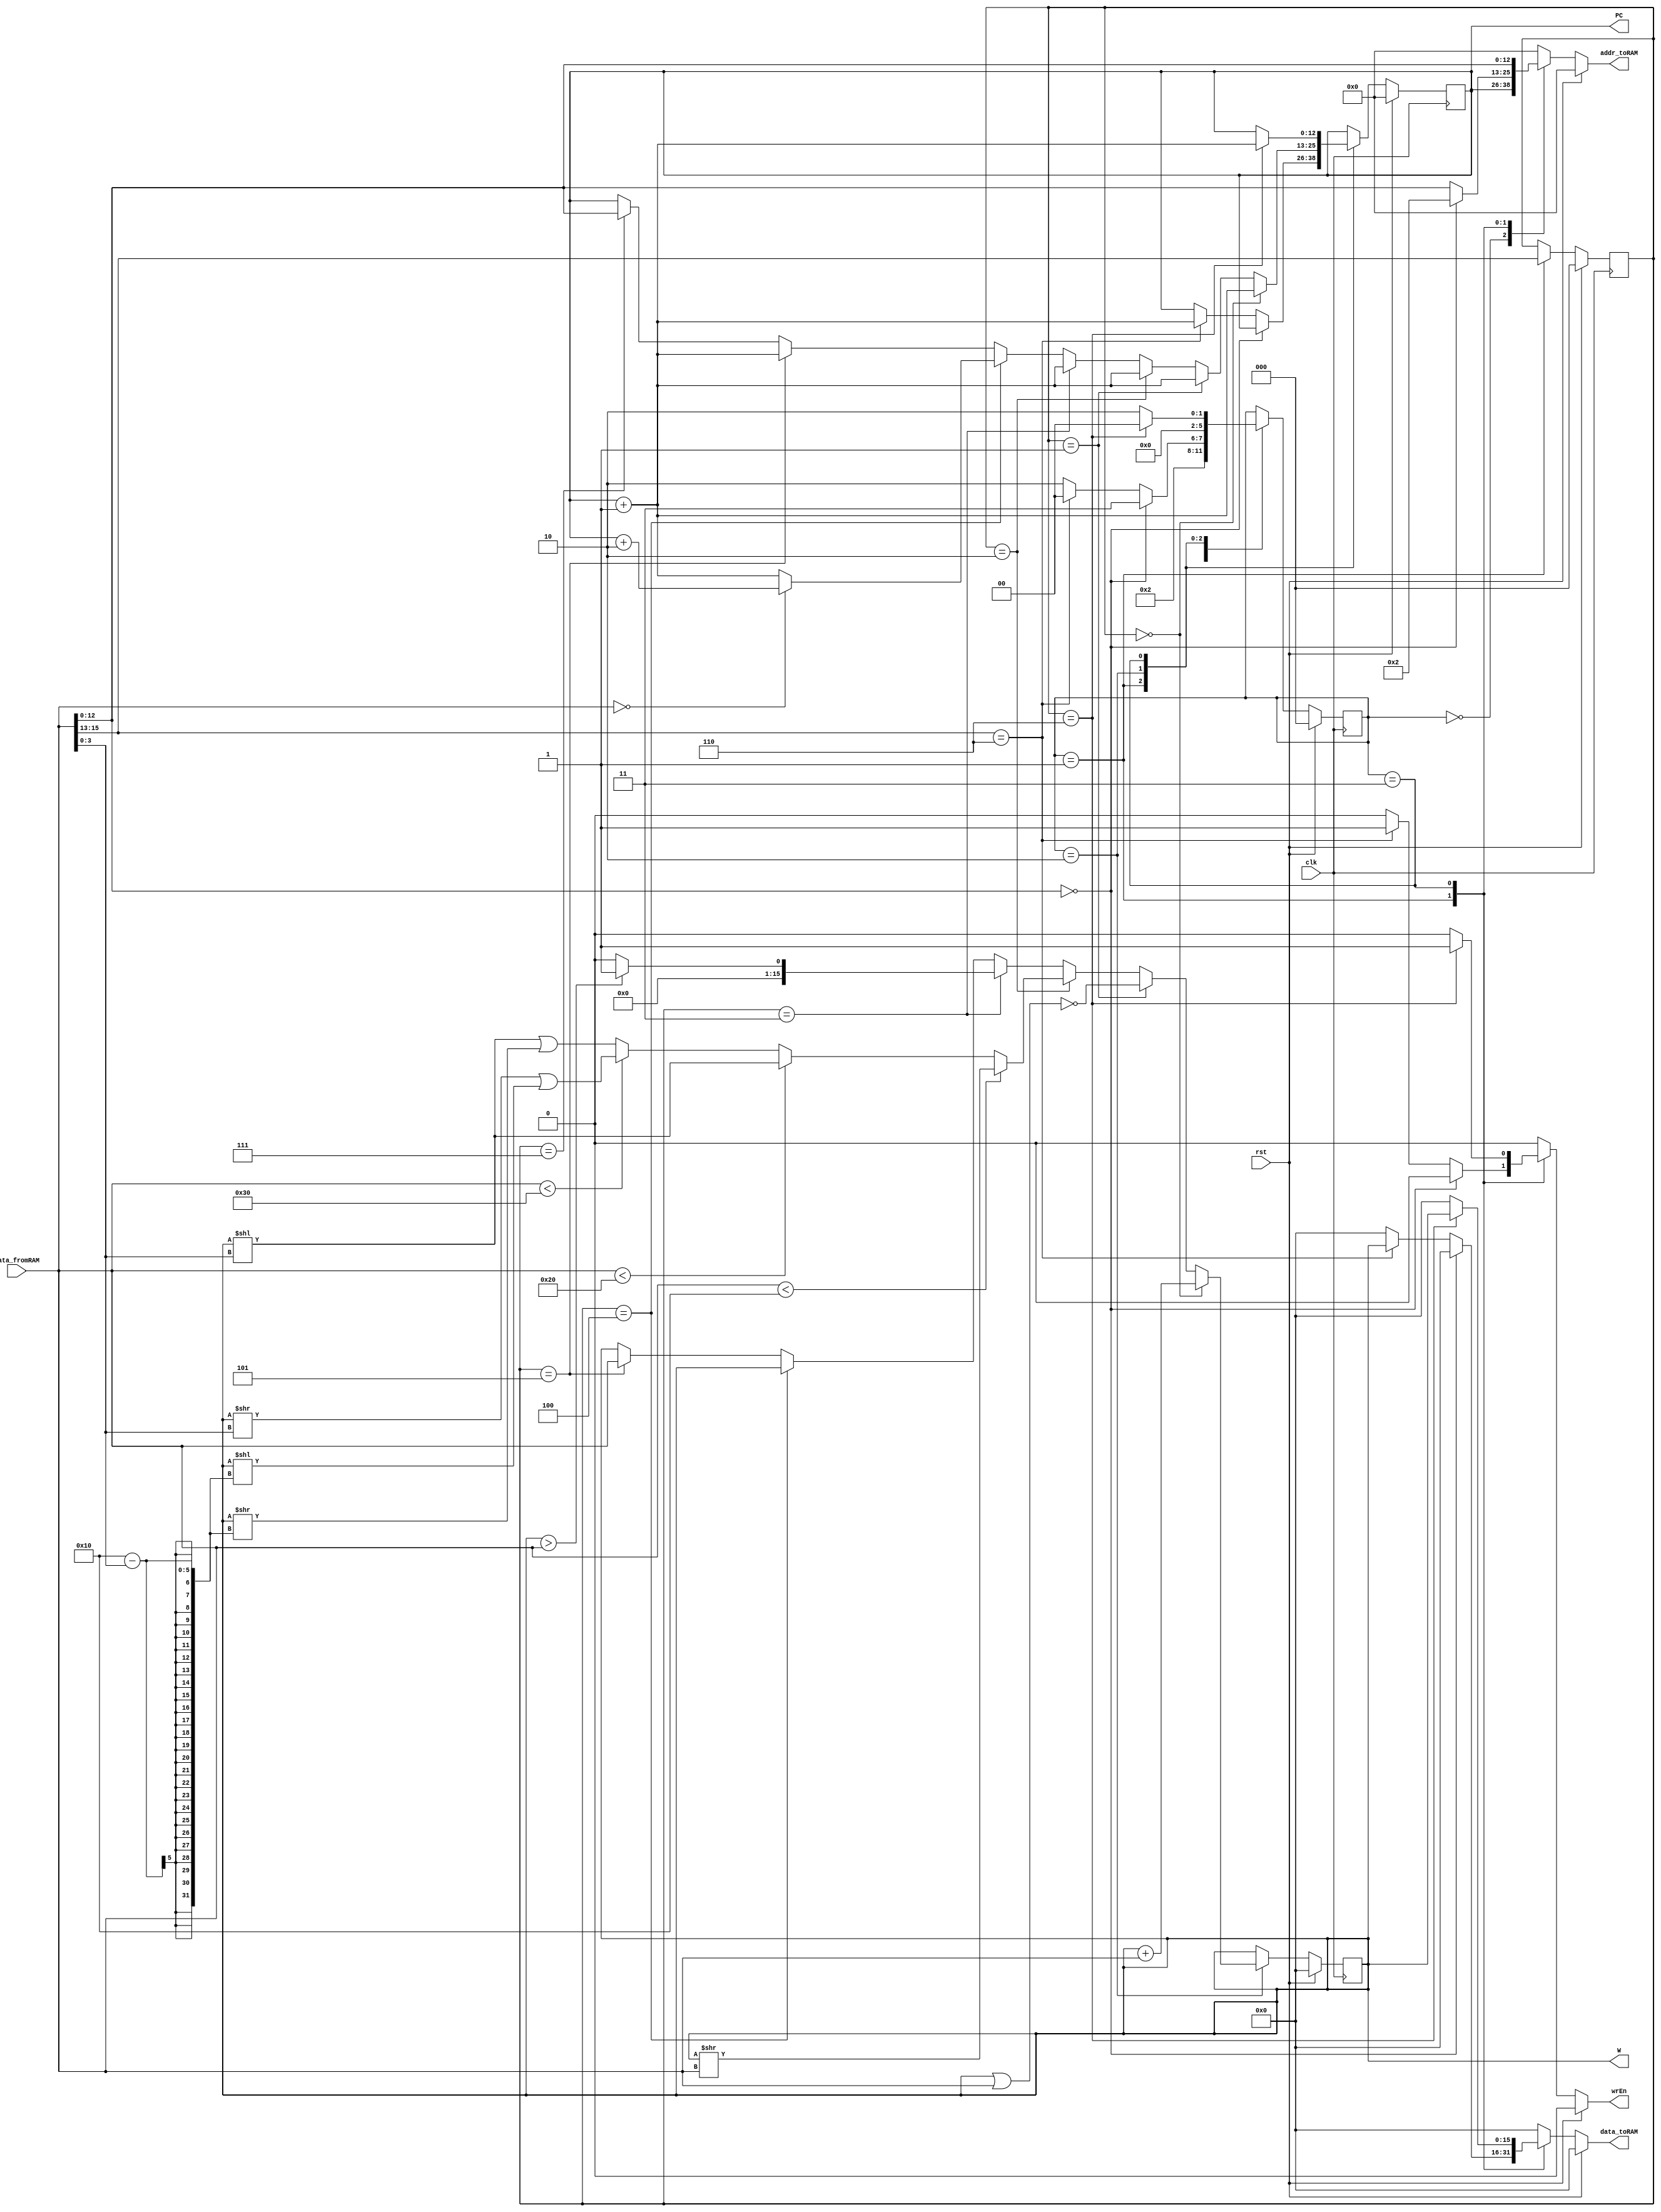
// ProjectCPU 2020
// ABDULLAH SAYDEMIR
//      S014646
//       CS 240
//    Submitted to
//   FATIH UGURDAG

`timescale 1ns / 1ps
module projectCPU2020(
  clk,
  rst,
  wrEn,
  data_fromRAM,
  addr_toRAM,
  data_toRAM,
  PC,
  W
);

input clk, rst;

input wire[15:0] data_fromRAM;
output reg [15:0] data_toRAM;
output reg wrEn;

// 12 can be made smaller so that it fits in the FPGA
output reg [12:0] addr_toRAM;
output reg [12:0] PC; // This has been added as an output for TB purposes
output reg [15:0] W; // This has been added as an output for TB purposes

reg [2:0] state, stateNext;
reg [12:0] PCNext;
reg [2:0] inst, instNext;
reg [15:0] WNext;
//reg [3:0] rot, rotNext;


always @(posedge clk) begin
	state <= #1 stateNext;
	PC    <= #1 PCNext;
	inst  <= #1 instNext;
	W     <= #1 WNext;
	//rot   <= #1 rotNext;

end

always @(*) begin
		stateNext  = state;
		PCNext     = PC;
		instNext   = inst;
		WNext      = W;
		wrEn       = 0;
		addr_toRAM = 0;
		data_toRAM = 0;
		//rotNext    = rot;
		
	if (rst) begin
		stateNext  = 0;
		PCNext     = 0;
		instNext   = 0;
		WNext      = 0;
		wrEn       = 0;
		addr_toRAM = 0;
		data_toRAM = 0;
	//	rotNext    = 0;
		
	end else begin
		case (state)
			0: begin
				PCNext     = PC;
				instNext   = inst;
				addr_toRAM = PC;
				WNext      = W;
				wrEn       = 0;
				data_toRAM = 0;
				stateNext  = 1;
				//rotNext    = rot;
				
			
			end
			1: begin
			
				instNext   = data_fromRAM[15:13];
				addr_toRAM = data_fromRAM[12:0];
				//rotNext    = rot;
				WNext      = W;
				if (data_fromRAM[12:0] == 13'b0000000000000) begin
					addr_toRAM = 13'b0000000000010;
					data_toRAM = 0;
					wrEn       = 0;
					PCNext     = PC;
					stateNext  = 3;
				end else begin
				
					if (instNext == 3'b110) begin
						data_toRAM = W;
						wrEn       = 1;
						PCNext     = PC + 1;
						stateNext  = 0;
					
					end else begin
						data_toRAM = 0;
						wrEn       = 0;
						PCNext     = PC;
						stateNext  = 2;
					
					end
				end
			end
			2: begin
				//rotNext    = data_fromRAM[3:0];
				stateNext  = 0;
				wrEn       = 0;
				data_toRAM = 0;
				addr_toRAM = 0;
				instNext   = inst;
				if (instNext == 3'b000) begin
					
					WNext      = W + data_fromRAM;
					PCNext     = PC + 1;
				
				end else if (instNext == 3'b001) begin
					
					WNext      = (~( W | data_fromRAM));
					PCNext     = PC + 1;
				end else if (instNext == 3'b010) begin
					
					if (data_fromRAM < 16) begin
						WNext = W >> data_fromRAM;
					end else if (data_fromRAM < 32) begin
						WNext = W << (data_fromRAM[3:0]);
					end else if (data_fromRAM < 48) begin
							WNext = ((W >> data_fromRAM[3:0]) | (W << (16- data_fromRAM[3:0])));
					end else begin
						WNext = ((W << data_fromRAM[3:0]) | (W >> (16- data_fromRAM[3:0])));
					end
					PCNext     = PC + 1;
				end else if (instNext == 3'b011) begin
					
					WNext  = (W > data_fromRAM) ? 1 : 0;
					PCNext = PC + 1;
				
				end else if (instNext == 3'b100) begin
					
					PCNext = (data_fromRAM == 0) ? (PC+2) : (PC+1);
					WNext  = W;
					
				end else if (instNext == 3'b101) begin
					
					WNext  = data_fromRAM;
					PCNext = PC + 1;
				
				end else if (instNext == 3'b111) begin
					
					PCNext = data_fromRAM[12:0];
					WNext  = W;
					
				end
			end
			
			3: begin
				
				addr_toRAM = data_fromRAM;
				instNext   = inst;
				WNext      = W;
				//rotNext    = rot;
				if (instNext == 3'b110) begin
					data_toRAM = W;
					wrEn       = 1;
					PCNext     = PC + 1;
					stateNext  = 0;
				end else begin
					PCNext     = PC;
					data_toRAM = 0;
					wrEn       = 0;
					stateNext = 2;
				end
			end
				
		endcase
end
end
endmodule